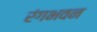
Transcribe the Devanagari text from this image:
रंगभवन